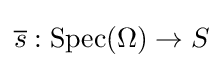
{\overline {s}}:{\text{Spec}}(\Omega )\to S